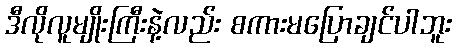
ဒီလိုလူမျိုးကြီးနဲ့လည်း စကားမပြောချင်ပါဘူး